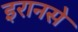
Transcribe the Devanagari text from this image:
इरानसे